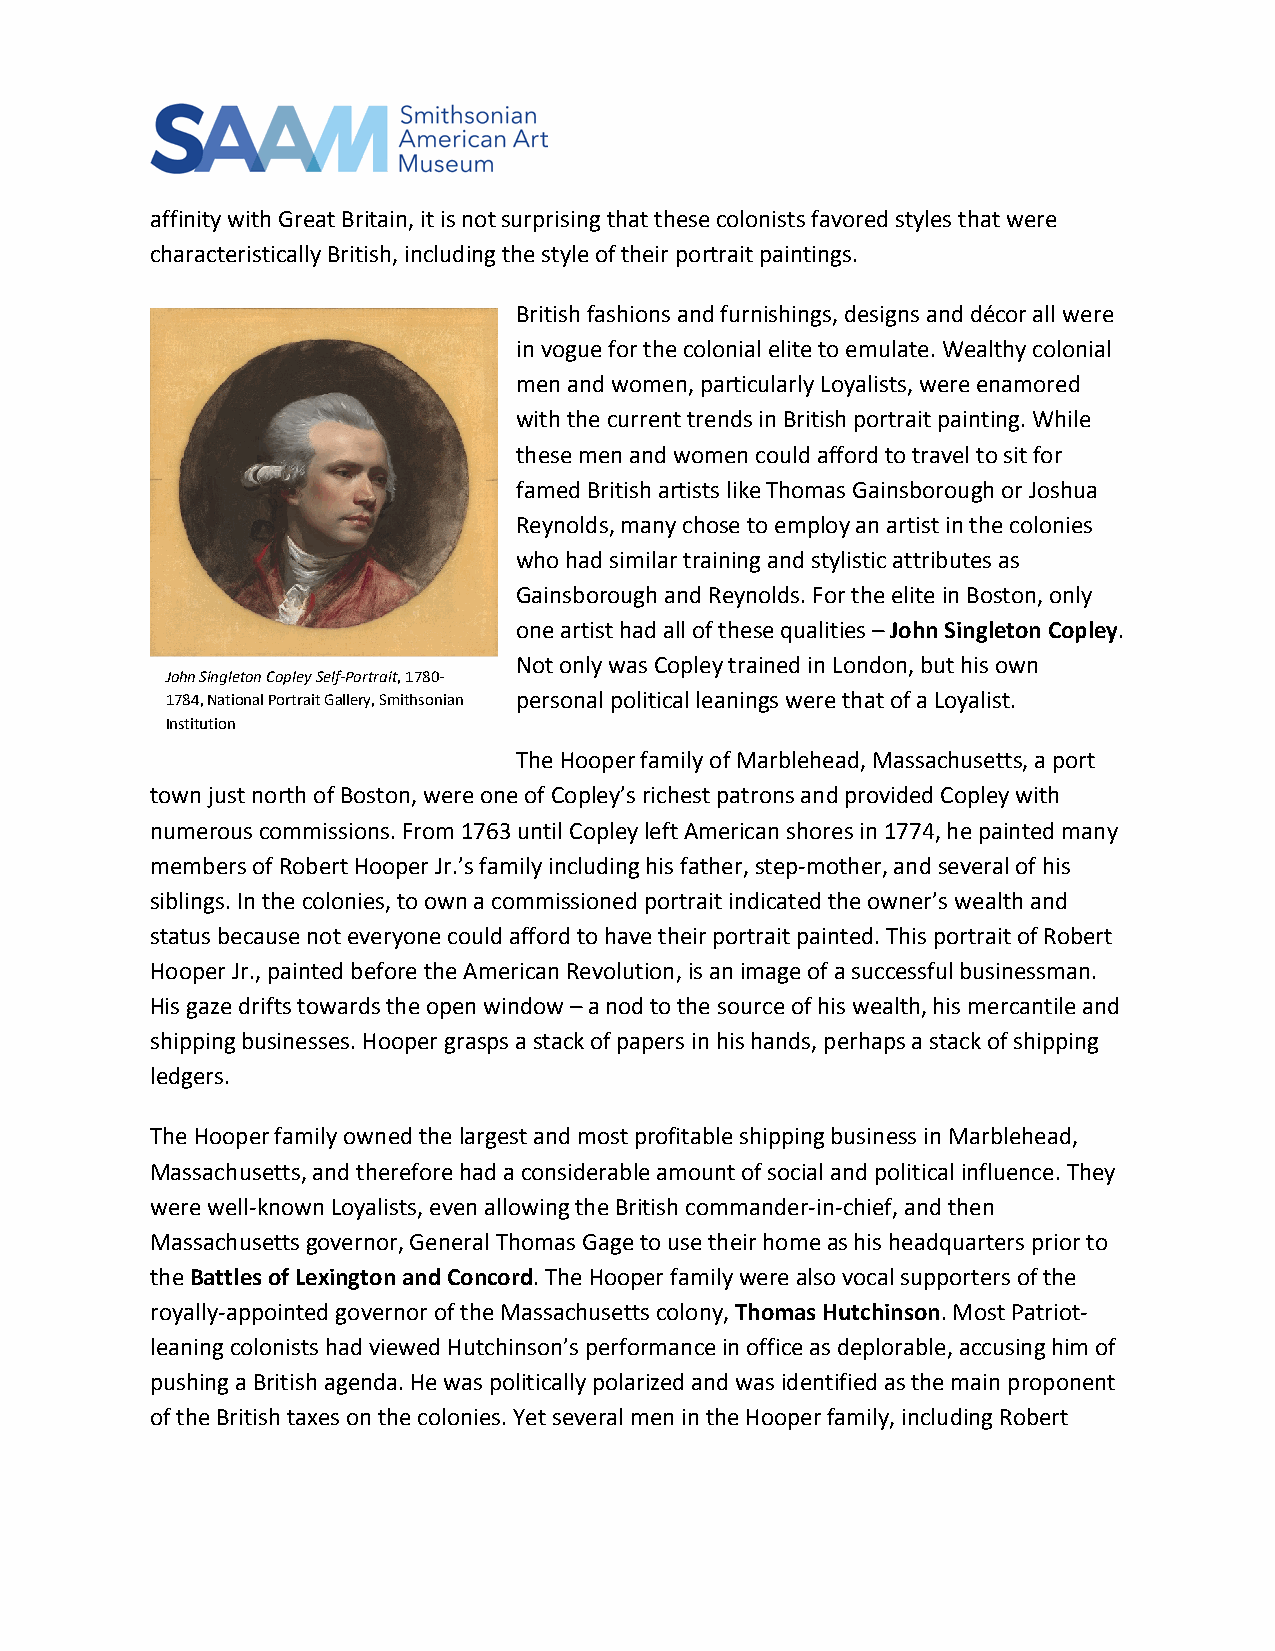
affinity with Great Britain, it is not surprising that these colonists favored styles that were
 characteristically British, including the style of their portrait paintings.
 British fashions and furnishings, designs and décor all were
 in vogue for the colonial elite to emulate. Wealthy colonial
 men and women, particularly Loyalists, were enamored
 with the current trends in British portrait painting. While
 these men and women could afford to travel to sit for
 famed British artists like Thomas Gainsborough or Joshua
 Reynolds, many chose to employ an artist in the colonies
 who had similar training and stylistic attributes as
 Gainsborough and Reynolds. For the elite in Boston, only
 one artist had all of these qualities – John Singleton Copley.
 Not only was Copley trained in London, but his own
 John Singleton Copley Self-Portrait, 1780-
 1784, National Portrait Gallery, Smithsonian personal political leanings were that of a Loyalist.
 Institution
 The Hooper family of Marblehead, Massachusetts, a port
 town just north of Boston, were one of Copley’s richest patrons and provided Copley with
 numerous commissions. From 1763 until Copley left American shores in 1774, he painted many
 members of Robert Hooper Jr.’s family including his father, step-mother, and several of his
 siblings. In the colonies, to own a commissioned portrait indicated the owner’s wealth and
 status because not everyone could afford to have their portrait painted. This portrait of Robert
 Hooper Jr., painted before the American Revolution, is an image of a successful businessman.
 His gaze drifts towards the open window – a nod to the source of his wealth, his mercantile and
 shipping businesses. Hooper grasps a stack of papers in his hands, perhaps a stack of shipping
 ledgers.
 The Hooper family owned the largest and most profitable shipping business in Marblehead,
 Massachusetts, and therefore had a considerable amount of social and political influence. They
 were well-known Loyalists, even allowing the British commander-in-chief, and then
 Massachusetts governor, General Thomas Gage to use their home as his headquarters prior to
 the Battles of Lexington and Concord. The Hooper family were also vocal supporters of the
 royally-appointed governor of the Massachusetts colony, Thomas Hutchinson. Most Patriot-
 leaning colonists had viewed Hutchinson’s performance in office as deplorable, accusing him of
 pushing a British agenda. He was politically polarized and was identified as the main proponent
 of the British taxes on the colonies. Yet several men in the Hooper family, including Robert